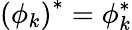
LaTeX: \left(\phi_{k}\right)^{*}=\phi_{k}^{*}